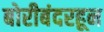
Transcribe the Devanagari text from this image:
बोरीबंदरहून